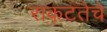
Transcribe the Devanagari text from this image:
राकटतेचे